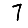
Digit: 7